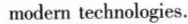
modern technologies.